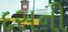
દસની